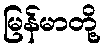
မြန်မာတို့